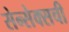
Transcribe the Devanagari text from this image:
सेन्सेक्सची